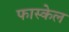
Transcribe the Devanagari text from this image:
फास्केल